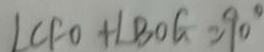
\angle C F O + \angle B O G = 9 0 ^ { \circ }